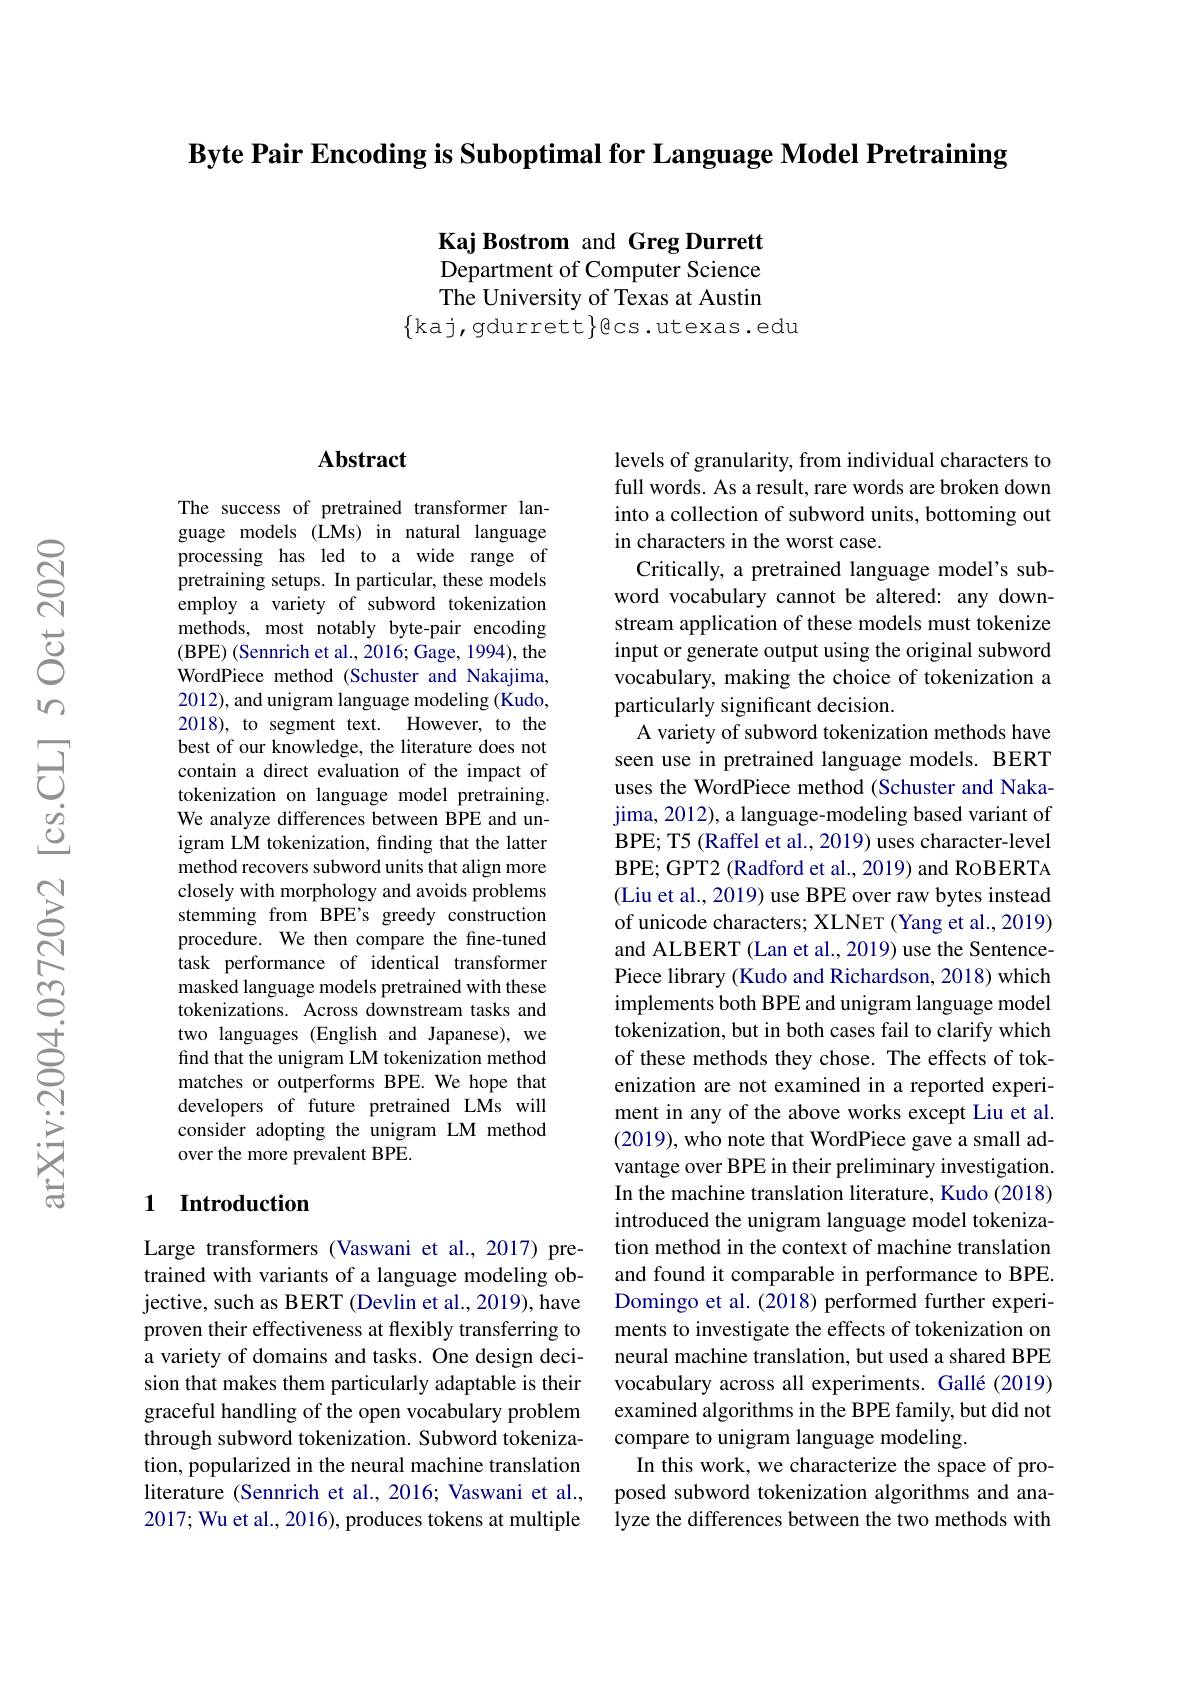
Byte Pair Encoding is Suboptimal for Language Model Pretraining

Kaj Bostrom and Greg Durrett Department of Computer Science The University of Texas at Austin
$\{$kaj,gdurrett$\}$ecs.utexas.edu

### $\mathbf{Abstract}$

The success of pretrained transformer language models (LMs) in natural language processing has led to a wide range of pretraining setups. In particular, these models employ a variety of subword tokenization methods, most notably byte-pair encoding ( BPE) ( Sennrich et al. , 2016; Gage, 1994) , the WordPiece method (Schuster and Nakajima, 2012), and unigram language modeling (Kudo, 2018), to segment text. However, to the best of our knowledge, the literature does not contain a direct evaluation of the impact of tokenization on language model pretraining. We analyze differences between BPE and unigram LM tokenization, finding that the latter method recovers subword units that align more closely with morphology and avoids problems stemming from BPE's greedy construction procedure. We then compare the fine-tuned task performance of identical transformer masked language models pretrained with these tokenizations. Across downstream tasks and two languages (English and Japanese), we find that the unigram LM tokenization method matches or outperforms BPE. We hope that developers of future pretrained LMs will consider adopting the unigram LM method over the more prevalent BPE.

## 1 Introduction

Large transformers (Vaswani et al.,2017) pretrained with variants of a language modeling objective, such as BERT (Devlin et al., 2019), have proven their effectiveness at flexibly transferring to a variety of domains and tasks. One design decision that makes them particularly adaptable is their graceful handling of the open vocabulary problem through subword tokenization. Subword tokenization, popularized in the neural machine translation literature (Sennrich et al., 2016; Vaswani et al., 2017; Wu et al., 2016), produces tokens at multiple

levels of granularity, from individual characters to full words. As a result, rare words are broken down into a collection of subword units, bottoming out in characters in the worst case.
Critically, a pretrained language model's subword vocabulary cannot be altered: any downstream application of these models must tokenize input or generate output using the original subword vocabulary, making the choice of tokenization a particularly significant decision.
A variety of subword tokenization methods have seen use in pretrained language models. BERT uses the WordPiece method (Schuster and Nakajima, 2012), a language-modeling based variant of BPE; T5 (Raffel et al., 2019) uses character-level BPE; GPT2 (Radford et al., 2019) and RoBERTA (Liu et al., 2019) use BPE over raw bytes instead of unicode characters; XLNET (Yang et al., 2019) and ALBERT (Lan et al., 2019) use the SentencePiece library (Kudo and Richardson, 2018) which implements both BPE and unigram language model tokenization, but in both cases fail to clarify which of these methods they chose. The effects of tokenization are not examined in a reported experiment in any of the above works except Liu et al. $(2019),\dot{\text{who note that WordPiece gave a small ad-}}$ vantage over BPE in their preliminary investigation. In the machine translation literature, Kudo (2018) introduced the unigram language model tokenization method in the context of machine translation and found it comparable in performance to BPE. Domingo et al. (2018) performed further experiments to investigate the effects of tokenization on neural machine translation, but used a shared BPE vocabulary across all experiments. Gallé (2019) examined algorithms in the BPE family, but did not compare to unigram language modeling.
In this work, we characterize the space of proposed subword tokenization algorithms and analyze the differences between the two methods with